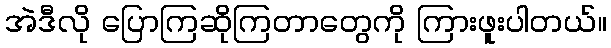
အဲဒီလို ပြောကြဆိုကြတာတွေကို ကြားဖူးပါတယ်။